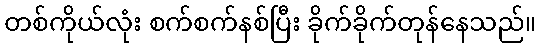
တစ်ကိုယ်လုံး စက်စက်နစ်ပြီး ခိုက်ခိုက်တုန်နေသည်။